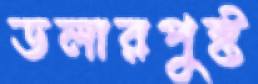
ডলারপুষ্ট